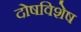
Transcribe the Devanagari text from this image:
दोषविशेष